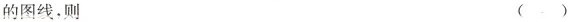
的图线，则 ( )